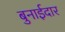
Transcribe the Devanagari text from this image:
बुनाईदार